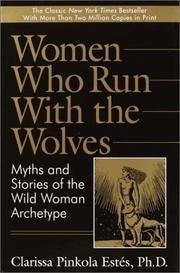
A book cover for By Clarissa Pinkola Estes: Women Who Run with the Wolves: Myths and Stories of the Wild Woman Archetype; -Ballantine Books-; Literature & Fiction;